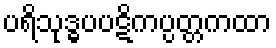
ပရိသုဒ္ဓပပဋိကပ္ပတ္တကထာ